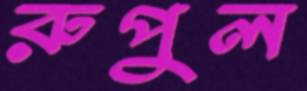
রুপুল